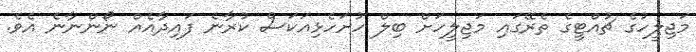
މަޖިލީހުގެ ޗުއްޓީގެ ތެރޭގައި މަޖިލީހަށް ބިލް ހުށަހެޅިއަކަސް ކުރާނެ ފައިދާއެއް ނޯންނާނެ އެވެ.